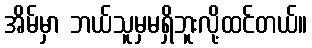
အိမ်မှာ ဘယ်သူမှမရှိဘူးလို့ထင်တယ်။